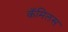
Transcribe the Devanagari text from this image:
कॅमिलस